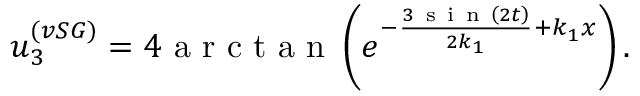
u _ { 3 } ^ { ( v S G ) } = 4 \mathrm { ~ a ~ r ~ c ~ t ~ a ~ n ~ } \left( e ^ { - \frac { 3 \mathrm { ~ s ~ i ~ n ~ } \left( 2 t \right) } { 2 k _ { 1 } } + k _ { 1 } x } \right) .